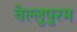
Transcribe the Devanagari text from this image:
वेल्लुपुरम